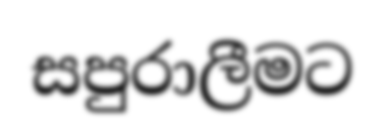
සපුරාලීමට